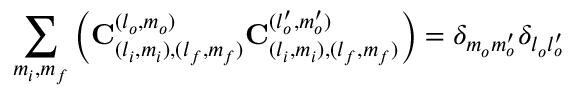
\sum _ { m _ { i } , m _ { f } } \left( \mathbf { C } _ { ( l _ { i } , m _ { i } ) , ( l _ { f } , m _ { f } ) } ^ { ( l _ { o } , m _ { o } ) } \mathbf { C } _ { ( l _ { i } , m _ { i } ) , ( l _ { f } , m _ { f } ) } ^ { ( l _ { o } ^ { \prime } , m _ { o } ^ { \prime } ) } \right) = \delta _ { m _ { o } m _ { o } ^ { \prime } } \delta _ { l _ { o } l _ { o } ^ { \prime } }